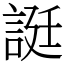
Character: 誔